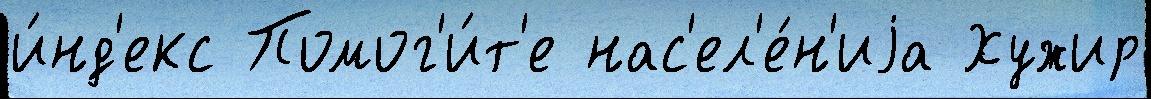
и́нд'екс Помог'и́т'е нас'ел'е́н'иjа Хужир